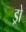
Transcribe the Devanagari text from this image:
ड्रो